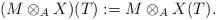
LaTeX: \begin{align*} (M \otimes_A X)(T) := M \otimes_A X(T).\end{align*}